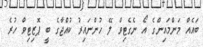
ބައެއް މަންމައިންގެ އޯ ނެގެޓިވް ލޭ ހުންނައިރު ކުއްޖާގެ ބީ ޕޮޒިޓިވް ހުރެ